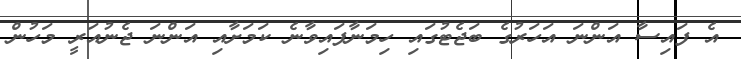
އެ ފައިސާ އަންނަ އަހަރުގެ ބަޖެޓުގައި ހިމަނާފައިވާނެ ކަމަށާއި އަންނަ ޖެނުއަރީ މަހުން